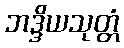
ဘဒ္ဒိယသုတ္တံ